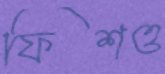
ফিশও